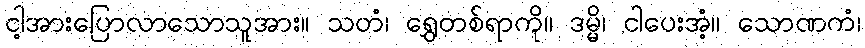
ငါ့အားပြောလာသောသူအား။ သတံ၊ ရွှေတစ်ရာကို။ ဒမ္မိ၊ ငါပေးအံ့။ သောဏကံ၊